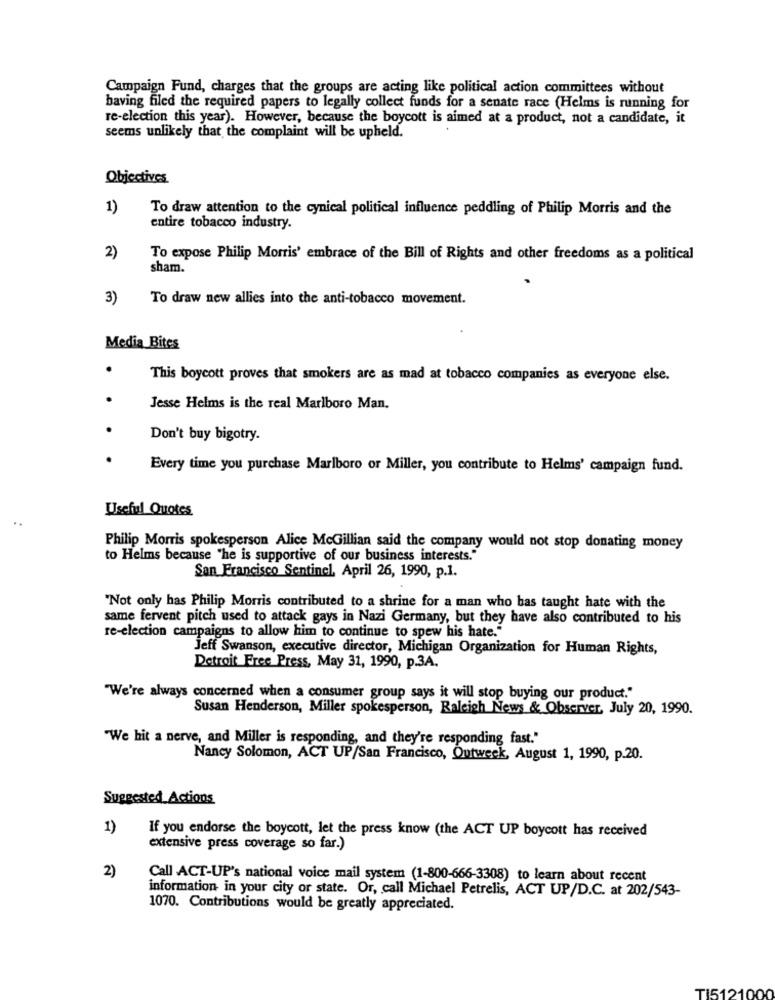
Campaign Fund, charges that the groups are acting like political action committees without
baving filed the required papers to legally collect funds for a senate race (Helms is running for
re-election this year). However, because the boycott is aimed at a product, not a candidate, it
seems unlikely that the complaint will be upheld.
Objectives
1)
To draw attention to the cynical political influence peddling of Philip Morris and the
entire tobacco industry.
2)
To expose Philip Morris' embrace of the Bill of Rights and other freedoms as a political
sham.
3)
To draw new allies into the anti-tobacco movement.
Media Bites
.
This boycott proves that smokers are as mad at tobacco companies as everyone else.
Jesse Helms is the real Marlboro Man.
Don't buy bigotry.
Every time you purchase Marlboro or Miller, you contribute to Helms' campaign fund.
Useful Quotes
Philip Morris spokesperson Alice McGillian said the company would not stop donating money
to Helms because "he is supportive of our business interests."
San Francisco Sentinel. April 26, 1990, p.1.
"Not only has Philip Morris contributed to a shrine for a man who has taught hate with the
same fervent pitch used to attack gays in Nazi Germany, but they have also contributed to his
re-election campaigns to allow him to continue to spew his hate."
Jeff Swanson, executive director, Michigan Organization for Human Rights,
Detroit Free Press, May 31, 1990, p.3A.
"We're always concerned when a consumer group says it will stop buying our product."
Susan Henderson, Miller spokesperson, Raleigh News & Observer, July 20, 1990.
"We hit a nerve, and Miller is responding, and they're responding fast."
Nancy Solomon, ACT UP/San Francisco, Outweek, August 1, 1990, p.20.
Suggested Actions
1)
If you endorse the boycott, let the press know (the ACT UP boycott has received
extensive press coverage so far.)
2)
Call ACT-UP's national voice mail system (1-800-666-3308) to learn about recent
information in your city or state. Or, call Michael Petrelis, ACT UP/D.C. at 202/543-
1070. Contributions would be greatly appreciated.
TI5121
200